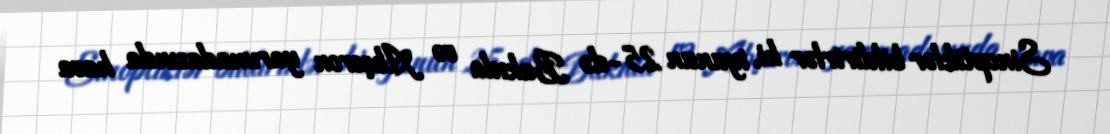
Sinoptiklər bildirirlər ki, iyunun 25-də Bakıda və Abşeron yarımadasında hava